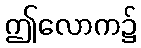
ဤလောက၌